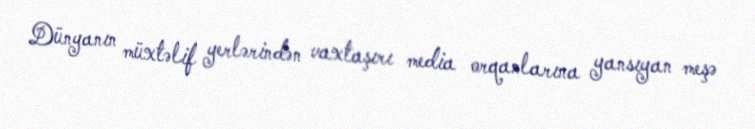
Dünyanın müxtəlif yerlərindən vaxtaşırı media orqanlarına yansıyan meşə